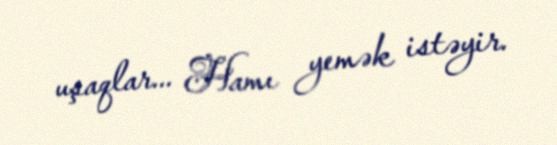
uşaqlar... Hamı yemək istəyir.